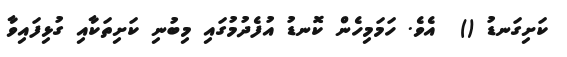
ކަށިގަނޑު ()  އެވެ. ހަމަމިހެން ކޮނޑު އުފެދުމުގައި މިބުނި ކަށިތަކާއި ގުޅިފައިވާ